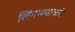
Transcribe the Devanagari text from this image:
लिंगाण्याकडे